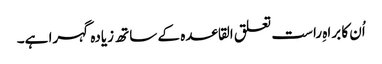
اُن کا براہِ راست تعلق القاعدہ کے ساتھ زیادہ گہرا ہے۔